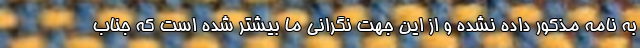
به نامه مذکور داده نشده و از این جهت نگرانی ما بیشتر شده است که جناب